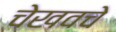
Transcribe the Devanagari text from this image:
चेखवचे